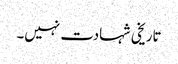
تاریخی شہادت نہیں۔